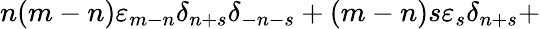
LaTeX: n(m-n){\varepsilon}_{m-n}{\delta}_{n+s}{\delta}_{-n-s}+(m-n)s{\varepsilon}_{s}{\delta}_{n+s}+